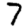
Digit: 7